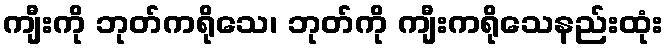
ကျီးကို ဘုတ်ကရိုသေ၊ ဘုတ်ကို ကျီးကရိုသေနည်းထုံး